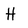
Character: H